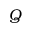
Q